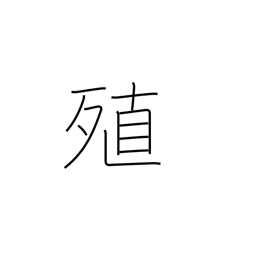
Meaning: augment